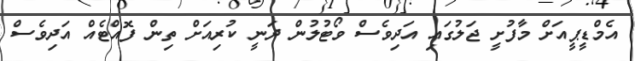
އެމްޑީޕީއަށް މާފުށީ ޖަލުގައި އަދިވެސް ވޯޓުލުން ދަނީ ކުރިއަށް ތިން ފޮއްޓެއް އަދިވެސް